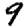
Digit: 9